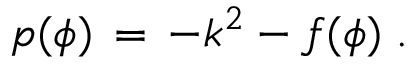
p ( \phi ) \, = \, - k ^ { 2 } - f ( \phi ) \; .